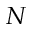
N